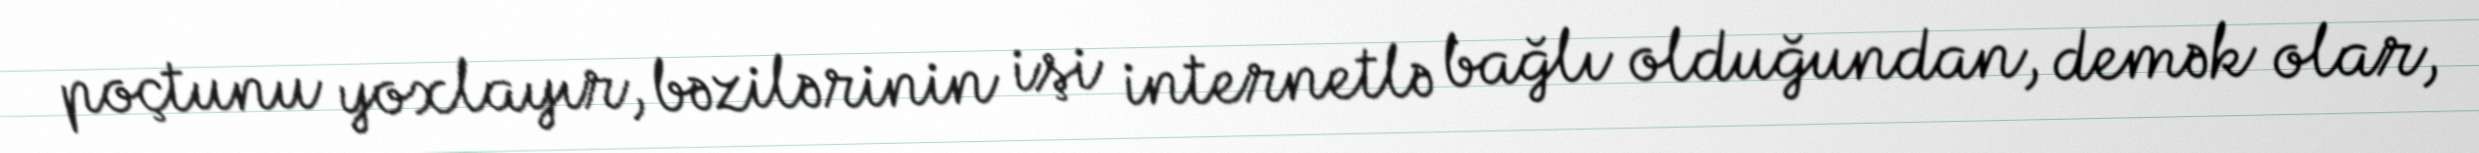
poçtunu yoxlayır, bəzilərinin işi internetlə bağlı olduğundan, demək olar,